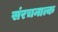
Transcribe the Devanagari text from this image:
संरचनात्क